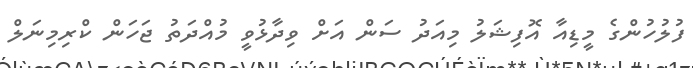
ފުލުހުންގެ މީޑިއާ އޮފިޝަލު މިއަދު ސަން އަށް ވިދާޅުވީ މުއްދަތު ޖަހަން ކްރިމިނަލް